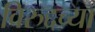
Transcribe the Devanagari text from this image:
विरुद्दच्या